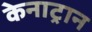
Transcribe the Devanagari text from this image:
केनाट्रान